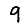
Digit: 9